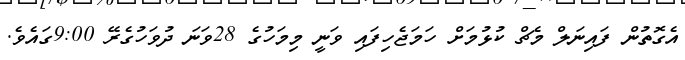
އެގޮތުން ފައިނަލް މެޗް ކުޅުމަށް ހަމަޖެހިފައި ވަނީ މިމަހުގެ 28ވަނަ ދުވަހުގެރޭ 9:00ގައެވެ.